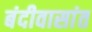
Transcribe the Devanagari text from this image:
बंदीवासांत